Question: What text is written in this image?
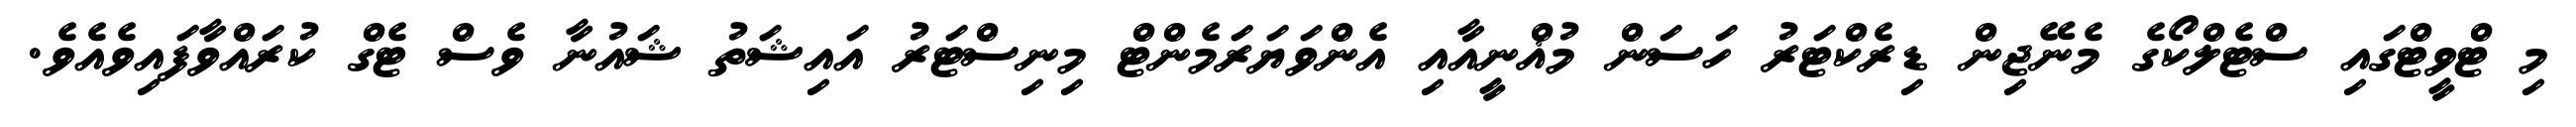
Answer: މި ޓްވީޓްގައި ސްޓެލްކޯގެ މެނޭޖިން ޑިރެކްޓަރު ހަސަން މުޣްނީއާއި އެންވަޔަރަމެންޓް މިނިސްޓަރު އައިޝަތު ޝައުނާ ވެސް ޓެގް ކުރައްވާފައިވެއެވެ.